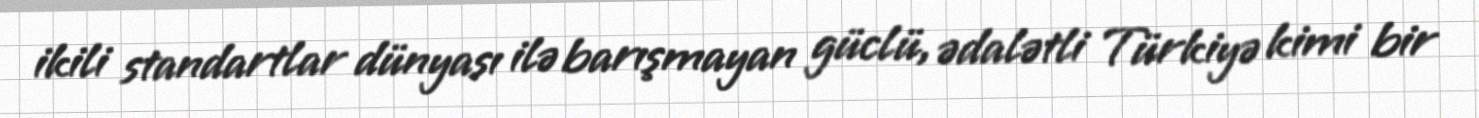
ikili standartlar dünyası ilə barışmayan güclü, ədalətli Türkiyə kimi bir